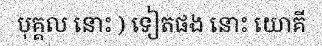
បុគ្គល នោះ ) ទៀតផង នោះ យោគី